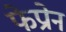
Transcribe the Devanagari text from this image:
फेप्रोन